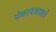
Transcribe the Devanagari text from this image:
येकादशाक्षरे